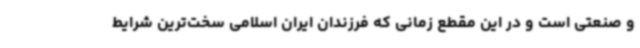
و صنعتی است و در این مقطع زمانی که فرزندان ایران اسلامی سخت‌ترین شرایط